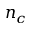
n _ { c }